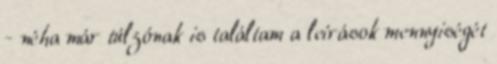
- néha már túlzónak is találtam a leírások mennyiségét